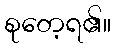
စုတေ့ရ၏။